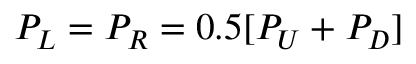
P _ { L } = P _ { R } = 0 . 5 [ P _ { U } + P _ { D } ]